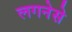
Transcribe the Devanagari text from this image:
लगनेसे